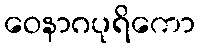
ဝေနာဂပုရိကော